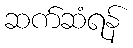
ဆက်ဆံရန်